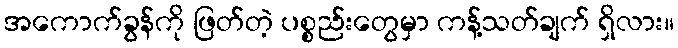
အကောက်ခွန်ကို ဖြတ်တဲ့ ပစ္စည်းတွေမှာ ကန့်သတ်ချက် ရှိလား။